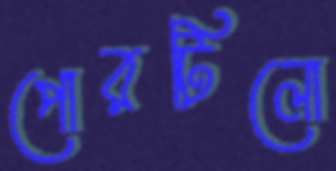
পোরটিলো